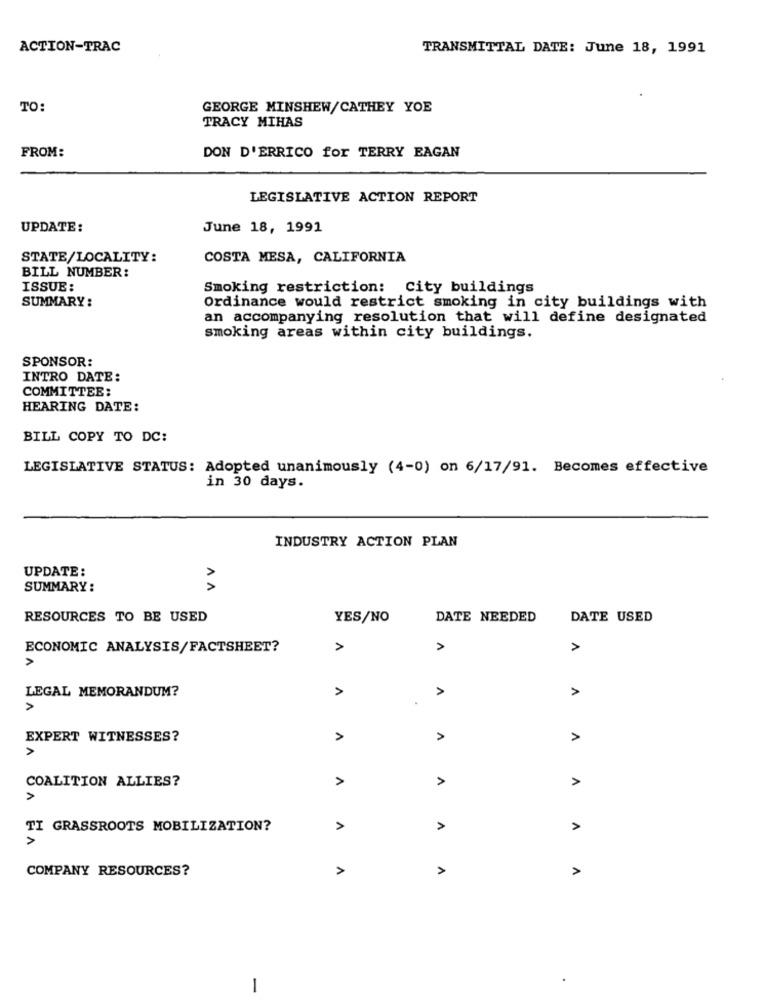
ACTION-TRAC
TRANSMITTAL DATE: June 18, 1991
TO:
GEORGE MINSHEW/CATHEY YOE
TRACY MIHAS
FROM:
DON D'ERRICO for TERRY EAGAN
LEGISLATIVE ACTION REPORT
UPDATE:
June 18, 1991
STATE/LOCALITY:
COSTA MESA, CALIFORNIA
BILL NUMBER:
ISSUE:
Smoking restriction: City buildings
SUMMARY :
Ordinance would restrict smoking in city buildings with
an accompanying resolution that will define designated
smoking areas within city buildings.
SPONSOR:
INTRO DATE:
COMMITTEE:
HEARING DATE:
BILL COPY TO DC:
LEGISLATIVE STATUS: Adopted unanimously (4-0) on 6/17/91. Becomes effective
in 30 days.
INDUSTRY ACTION PLAN
UPDATE :
SUMMARY:
AA
RESOURCES TO BE USED
YES/NO
DATE NEEDED
DATE USED
ECONOMIC ANALYSIS/FACTSHEET?
>
A
LEGAL MEMORANDUM?
>
A
>
>
EXPERT WITNESSES?
A
A
>
COALITION ALLIES?
>
>
>
TI GRASSROOTS MOBILIZATION?
>
>
COMPANY RESOURCES?
>
>
A
1